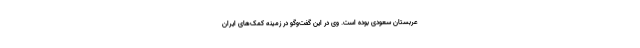
عربستان سعودی بوده است. وی در این گفت‌‌وگو در زمینه کمک‌های ایران